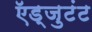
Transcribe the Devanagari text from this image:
ऍड्जुटंट